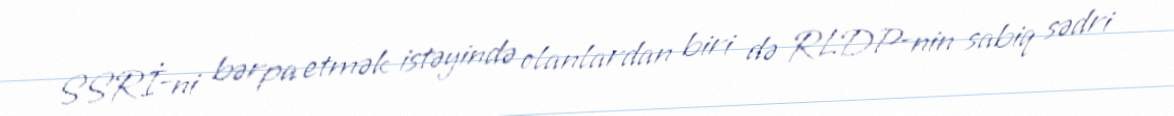
SSRİ-ni bərpa etmək istəyində olanlardan biri də RLDP-nin sabiq sədri